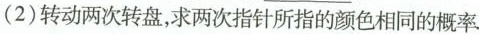
（2）转动两次转盘，求两次指针所指的颜色相同的概率.